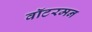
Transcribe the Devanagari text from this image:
वॉटरमन